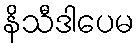
နိသီဒါပေမ